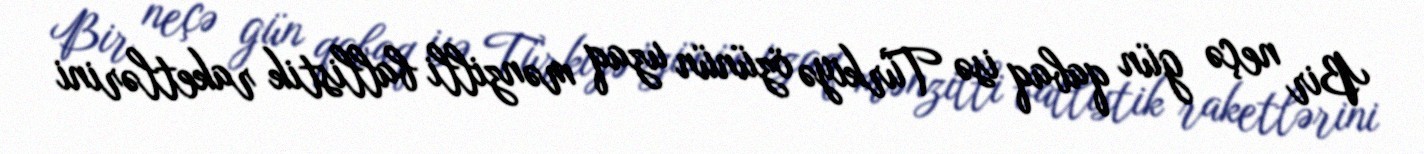
Bir neçə gün qabaq isə Türkiyə özünün uzaq mənzilli ballistik raketlərini